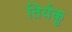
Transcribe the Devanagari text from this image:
तिर्यकू